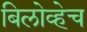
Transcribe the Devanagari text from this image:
बिलोव्हेच